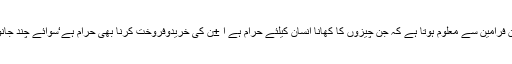
‘رسول کریم صلی اللہ علیہ وسلم کے ان فرامین سے معلوم ہوتا ہے کہ جن چیزوں کا کھانا انسان کیلئے حرام ہے ا ±ن کی خریدوفروخت کرنا بھی حرام ہے‘سوائے چند جانوروں کے جیسے کہ گھریلو گدھا ہے۔